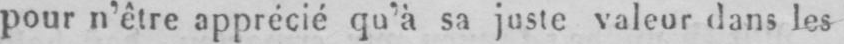
pour n’être apprécié qu’à sa juste valeur dans les